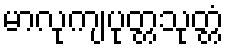
မာလုကျပုတ္တသုတ္တံ